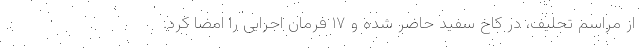
از مراسم تحلیف، در کاخ سفید حاضر شده و ۱۷ فرمان اجرایی را امضا کرد.